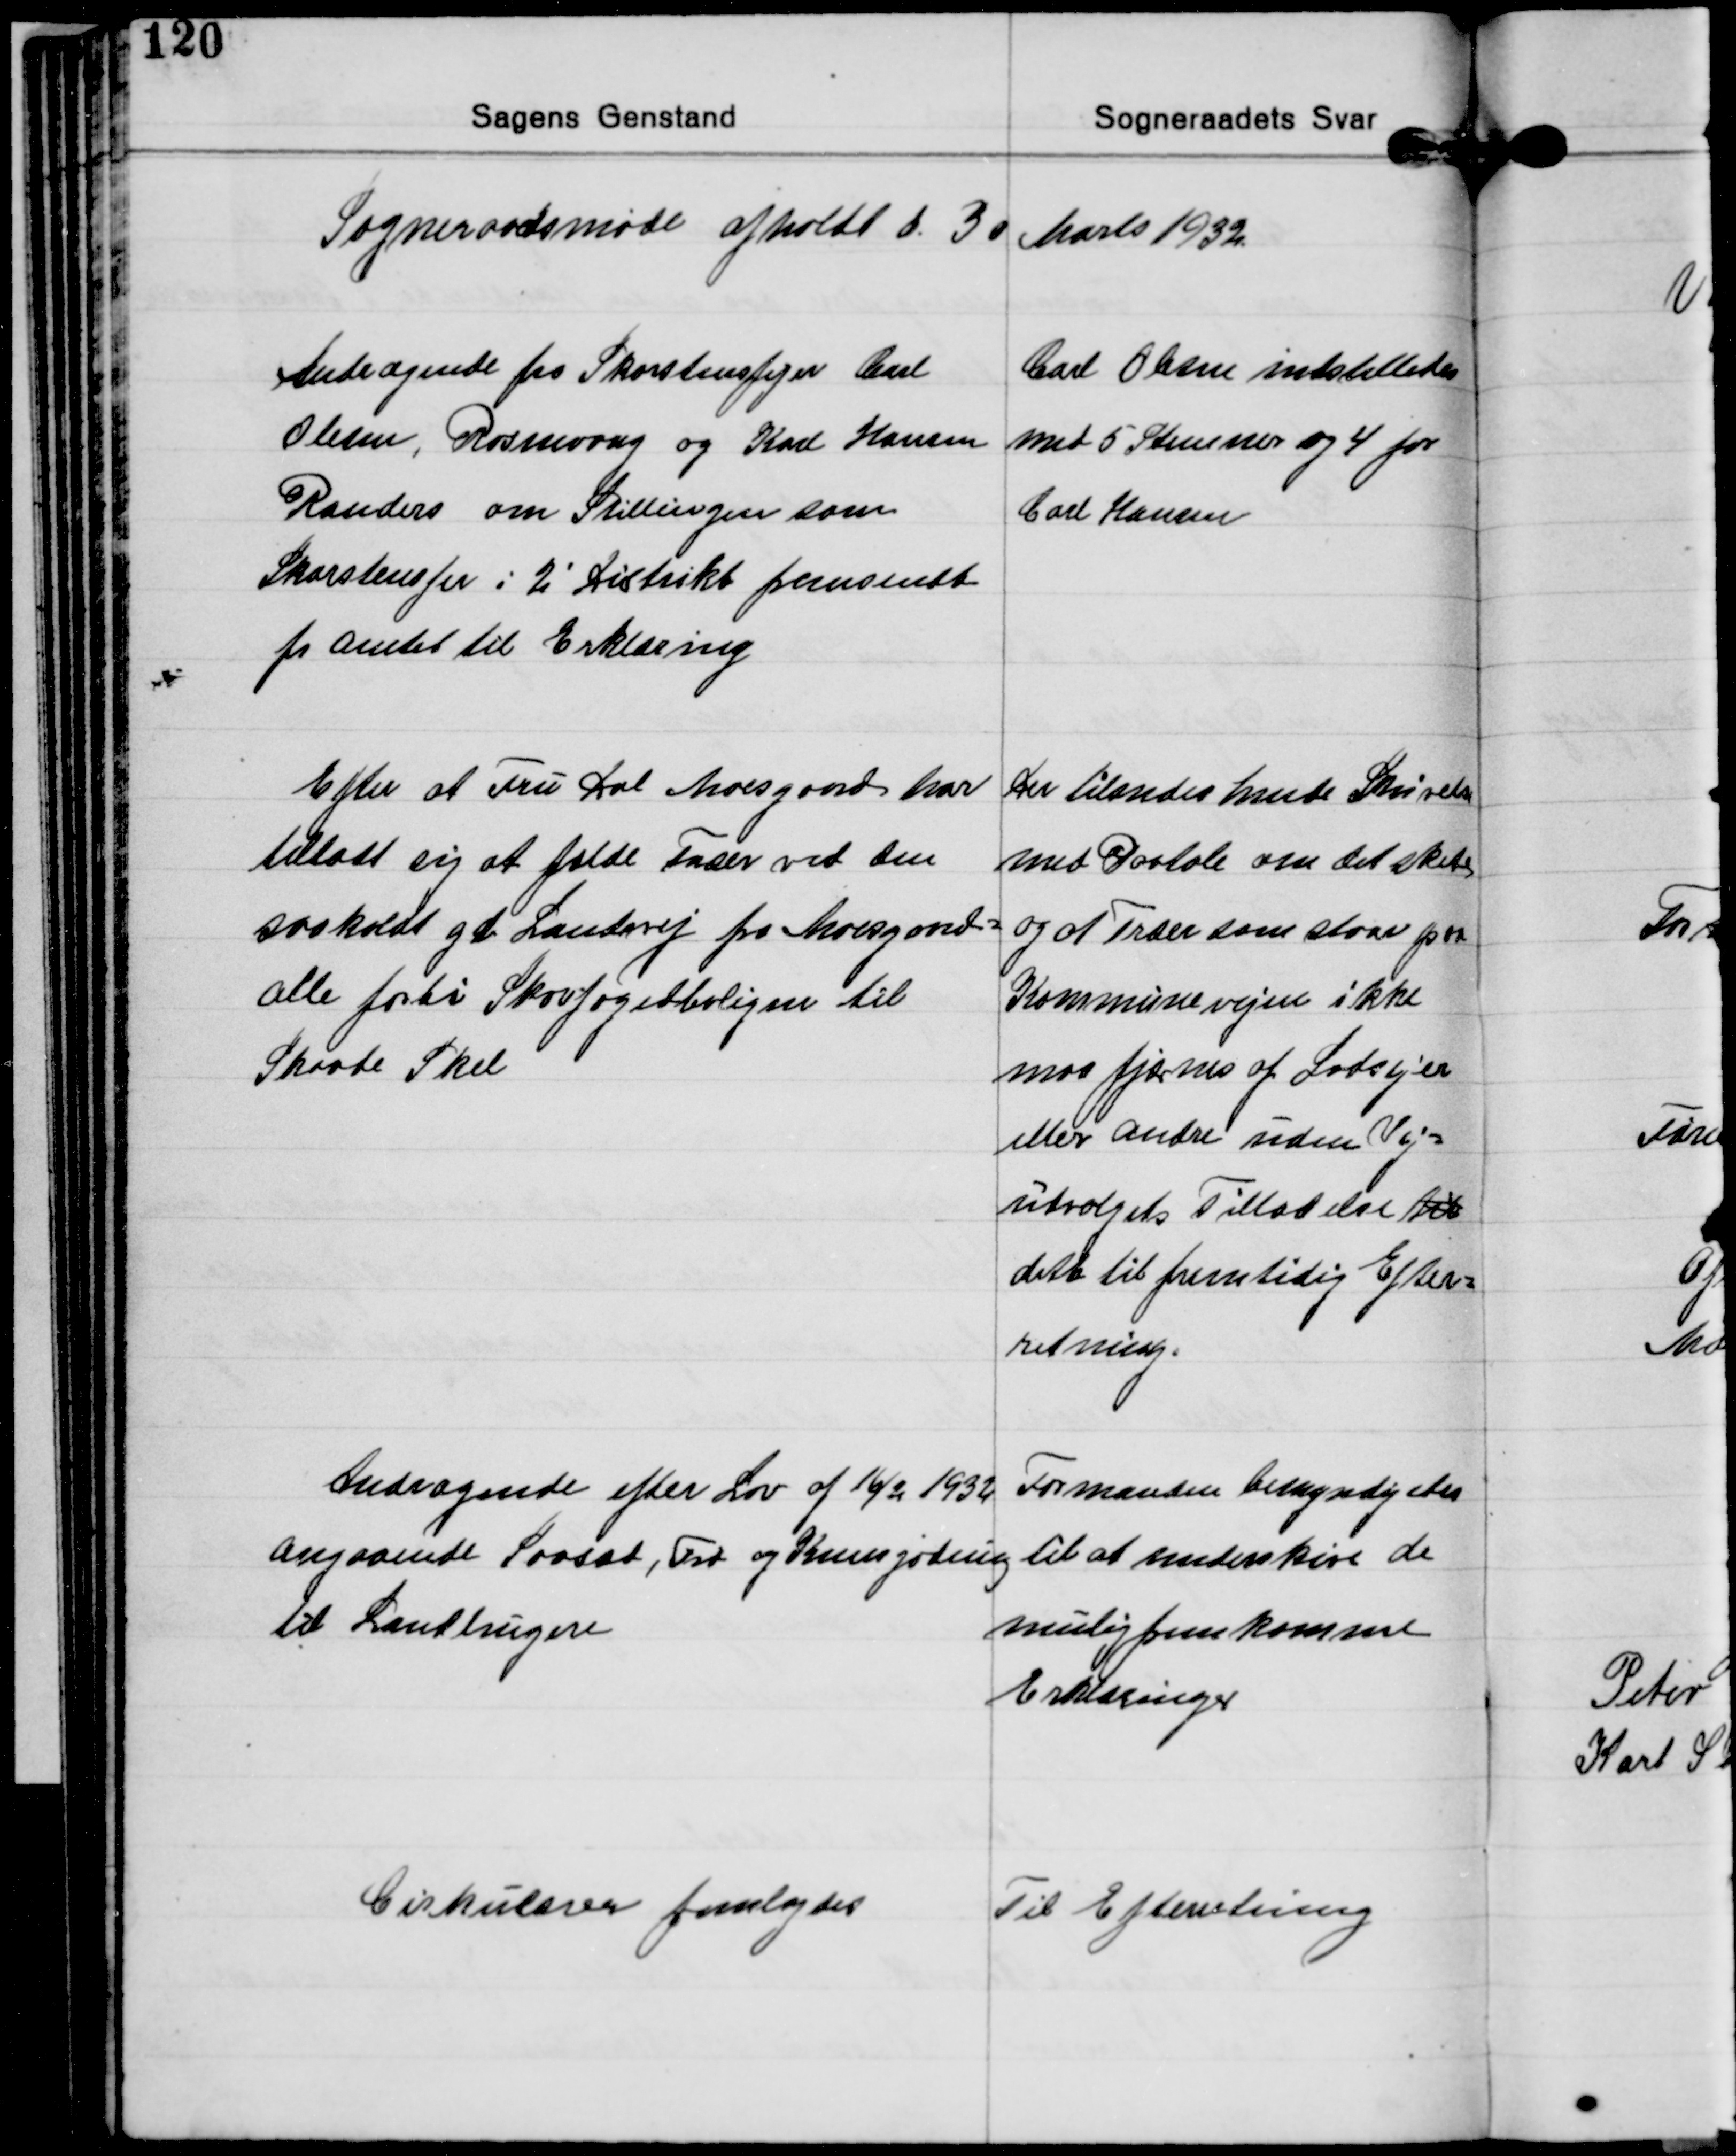
Transskription:
Sogneraadsmøde afholdt d. 30 Marts 1932

Andragende fra Skorstensfejer Carl
Olesen, Rosenvang og Karl Hansen
Randers om Stillingen som
Skorstensfejer i 2' Distrikt fremsendt
fra Amtet til Erklæring

Carl Olsen indstilledes
med 5 Stemmer og 4 for
Carl Hansen

Efter at Fru Dal Moesgaard har
tilladt sig at fælde Træer ved den
saakaldt gl. Landevej fra Moesgaard-
alle forbi Skovfogedboligen til
Skaade Skel

Der tilsendes hende Skrivelse
med Paatale om det skete
og at Træer som staar paa
Kommunevejen ikke
maa fjernes af Lodsejer
eller andre uden Vej-
udvalgets Tilladelse til
dette til fremtidig Efter-
retning.

Andragende efter Lov af 16/2 1932
Angaaende Saasæd, Træ og Kunstgødning
til Landbrugere

Formanden bemyndigedes
til at underskive de
mulig fremkomme
Erklæringer

Cirkulærer femlagdes

Til Efterretning